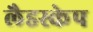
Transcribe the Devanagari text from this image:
लैडस्केप